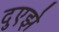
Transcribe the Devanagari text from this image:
दुएझे